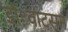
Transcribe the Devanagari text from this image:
डॉ॰वाटसन